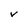
Character: V